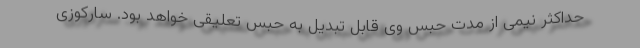
حداکثر نیمی از مدت حبس وی قابل تبدیل به حبس تعلیقی خواهد بود. سارکوزی